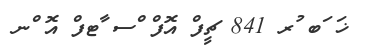
ޚަ ަބ ުރ 841 ޗީފް އޮފް ްސ ާޓފް އޮ ްނ